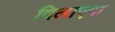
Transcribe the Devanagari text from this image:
दिलाएगा